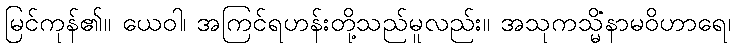
မြင်ကုန်၏။ ယေဝါ၊ အကြင်ရဟန်းတို့သည်မူလည်း။ အသုကသ္မိံနာမဝိဟာရေ၊